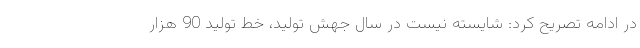
در ادامه تصریح کرد: شایسته نیست در سال جهش تولید، خط تولید 90 هزار